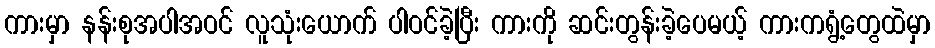
ကားမှာ နန်းစုအပါအဝင် လူသုံးယောက် ပါဝင်ခဲ့ပြီး ကားကို ဆင်းတွန်းခဲ့ပေမယ့် ကားကရွံ့တွေထဲမှာ